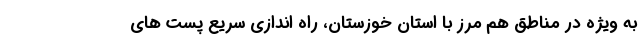
به ویژه در مناطق هم مرز با استان خوزستان، راه اندازی سریع پست های